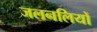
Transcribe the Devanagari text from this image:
जलनलियों